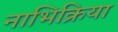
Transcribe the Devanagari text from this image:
नाभिक्रिया